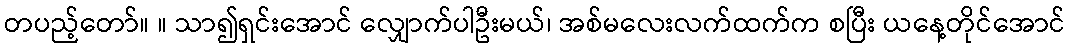
တပည့်တော်။ ။ သာ၍ရှင်းအောင် လျှောက်ပါဦးမယ်၊ အစ်မလေးလက်ထက်က စပြီး ယနေ့တိုင်အောင်